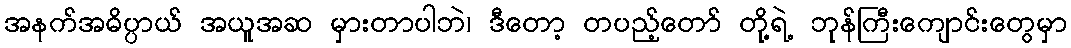
အနက်အဓိပ္ပာယ် အယူအဆ မှားတာပါဘဲ၊ ဒီတော့ တပည့်တော် တို့ရဲ့ ဘုန်ကြီးကျောင်းတွေမှာ